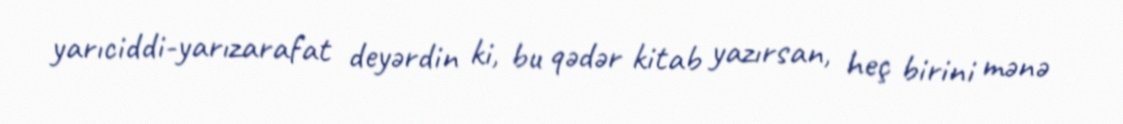
yarıciddi-yarızarafat deyərdin ki, bu qədər kitab yazırsan, heç birini mənə